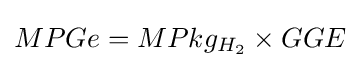
MPGe=MPkg_{H_{2}}\times {GGE}